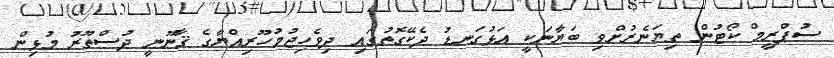
ސުޕްރީމް ކޯޓުން ތިޔަނެރުށްވި ބަޔާނަކީ އަޅުގަނޑު ދެކޭގޮތުގައި ދިވެހިޖުމުހޫރިއްޔާގެ ޤާނޫނީ ދުސްތޫރު މުޅިން